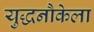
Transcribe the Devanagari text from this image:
युद्धनौकेला